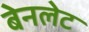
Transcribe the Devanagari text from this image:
बेनलेट